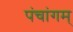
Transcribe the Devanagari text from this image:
पंचांगम्